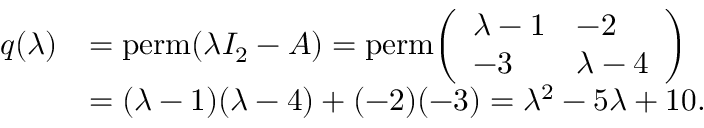
{ \begin{array} { r l } { q ( \lambda ) } & { = \operatorname { p e r m } ( \lambda I _ { 2 } - A ) = \operatorname { p e r m } \! { \left( \begin{array} { l l } { \lambda - 1 } & { - 2 } \\ { - 3 } & { \lambda - 4 } \end{array} \right) } } \\ & { = ( \lambda - 1 ) ( \lambda - 4 ) + ( - 2 ) ( - 3 ) = \lambda ^ { 2 } - 5 \lambda + 1 0 . } \end{array} }